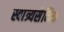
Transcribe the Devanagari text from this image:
स्वांत्र्यसैनिक